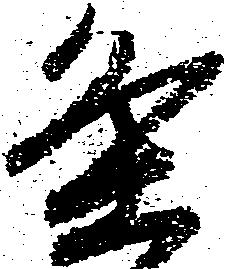
条